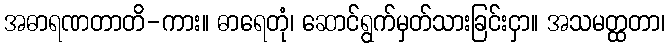
အဓာရဏတာတိ-ကား။ ဓာရေတုံ၊ ဆောင်ရွက်မှတ်သားခြင်းငှာ။ အသမတ္ထတာ၊